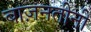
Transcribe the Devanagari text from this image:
बाज़नतीनी